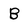
Character: B